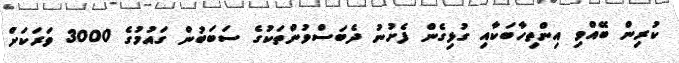
ކުރިން ބޭއްވި އިންތިހާބަކާއި ގުޅިގެން ފެށުނު ދެބަސްވުންތަކުގެ ސަބަބުން ގައުމުގެ 3000 ވަރަކަށް